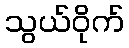
သွယ်ဝိုက်